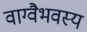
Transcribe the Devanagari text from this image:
वाग्वैभवस्य